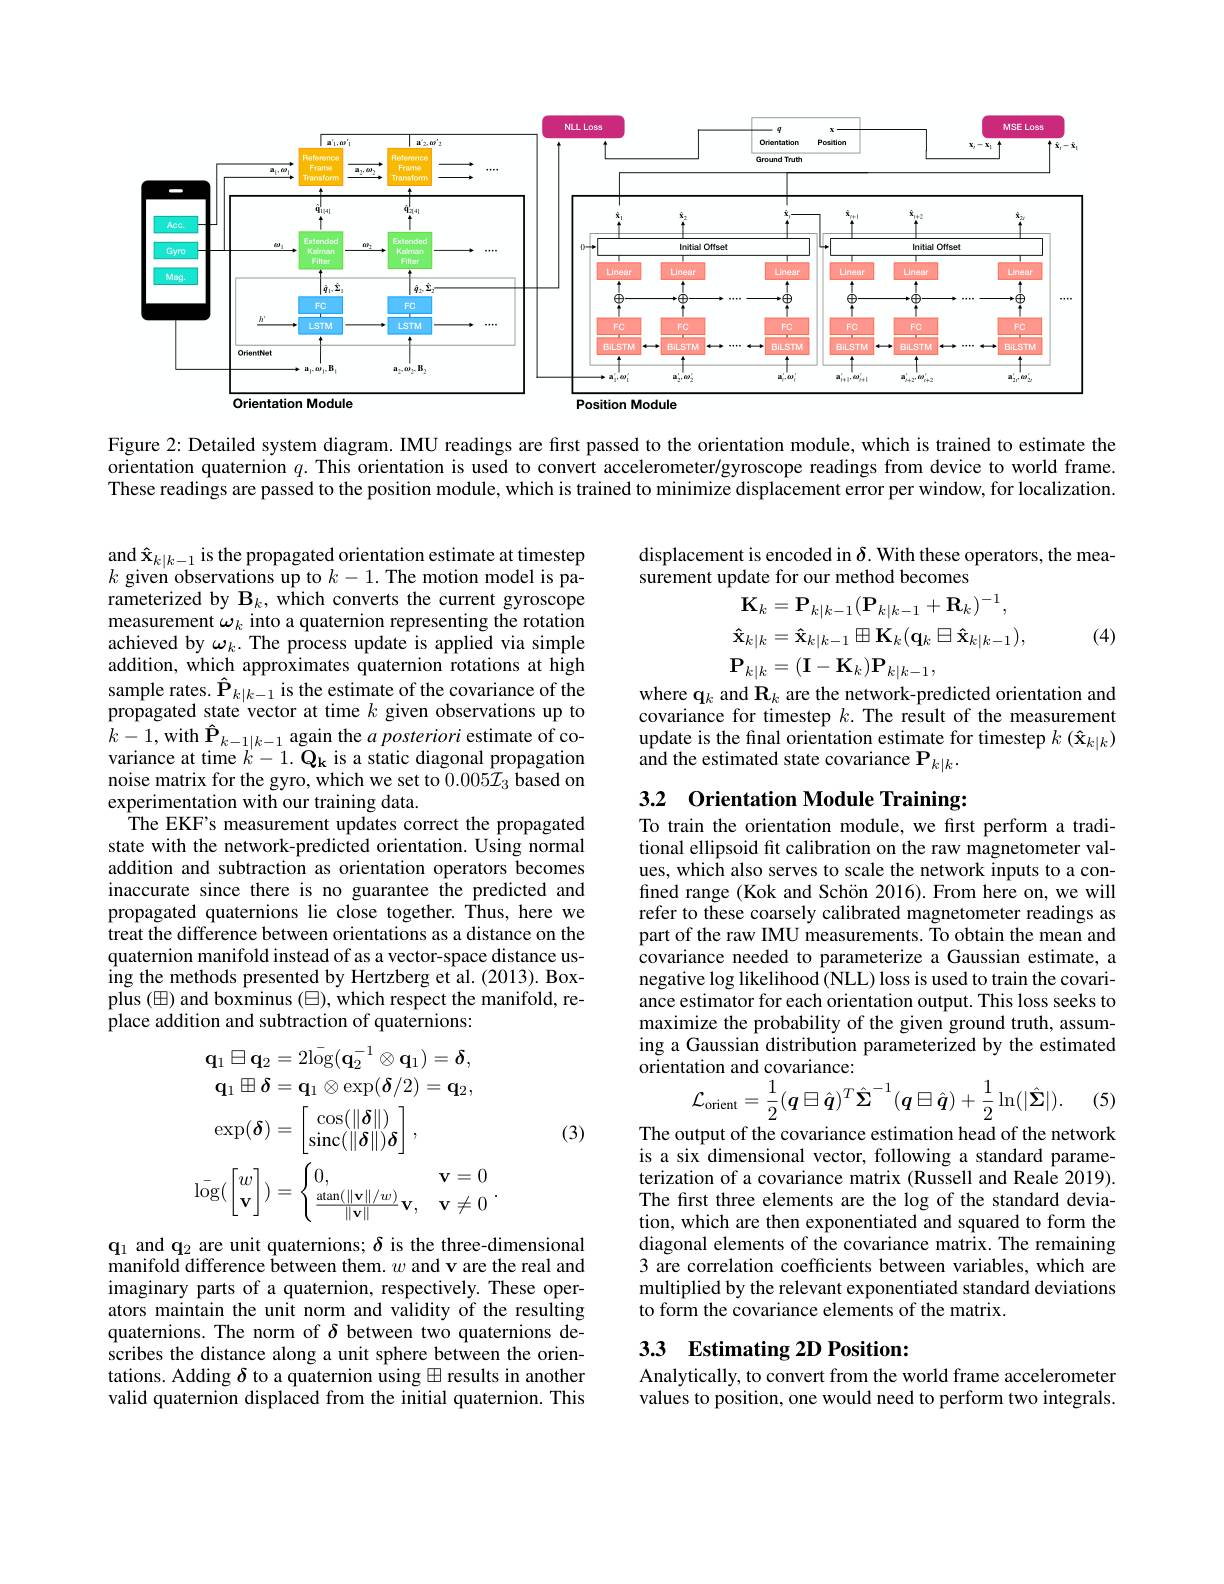
<FigureHere>

Figure 2: Detailed system diagram. IMU readings are first passed to the orientation module, which is trained to estimate the orientation quaternion $q.$ This orientation is used to convert accelerometer/gyroscope readings from device to world frame. These readings are passed to the position module, which is trained to minimize displacement error per window, for localization.

displacement is encoded in $\delta.$ With these operators, the mea-
surement update for our method becomes
$$\begin{aligned}&\mathbf{K}_{k}=\mathbf{P}_{k|k-1}(\mathbf{P}_{k|k-1}+\mathbf{R}_{k})^{-1},\\&\mathbf{\hat{x}}_{k|k}=\mathbf{\hat{x}}_{k|k-1}\boxplus\mathbf{K}_{k}(\mathbf{q}_{k}\boxplus\mathbf{\hat{x}}_{k|k-1}),\\&\mathbf{P}_{k|k}=(\mathbf{I}-\mathbf{K}_{k})\mathbf{P}_{k|k-1},\\\end{aligned}$$
(4)

where q$_k$ and $\mathbf{R}_k$ are the network-predicted orientation and covariance for timestep $k.$ The result of the measurement update is the final orientation estimate for timestep $k$ ( $\hat{x} _k| k$) and the estimated state covariance P $_k|k.$

$\underset{a}{\operatorname*{\operatorname*{and}}}\hat{\mathbf{x}}_{k|k-1}$is the propagated orientation estimate at timestep $k$ given observations up to $k-1.$ The motion model is parameterized by $\mathbf{B}_k$, which converts the current gyroscope measurement $\omega_k$ into a quaternion representing the rotation achieved by $\omega_k.$ The process update is applied via simple addition, which approximates quaternion rotations at high sample rates. $\hat{\mathbf{P}}_{k|k-1}$ is the estimate of the covariance of the propagated state vector at time $k$ given observations up to $\begin{array}{l}k-1,\mathrm{with~}\hat{\mathbf{P}}_{k-1|k-1}\text{ again the }a\textit{posteriori estimate of co-}\\\text{variance at time }k-1.\textbf{Q}_{\mathbf{k}}\text{ is a static diagonal propagation}\end{array}$ noise matrix for the gyro, which we set to $0.005\mathcal{I}_3$ based on experimentation with our training data.
The EKF's measurement updates correct the propagated state with the network-predicted orientation. Using normal addition and subtraction as orientation operators becomes inaccurate since there is no guarantee the predicted and propagated quaternions lie close together. Thus, here we treat the difference between orientations as a distance on the quaternion manifold instead of as a vector-space distance using the methods presented by Hertzberg et al. (2013). Boxplus (田) and boxminus (日), which respect the manifold, replace addition and subtraction of quaternions:

## 3.2 Orientation Module Training To train the orientation module, we first perform a tradi-

tional ellipsoid fit calibration on the raw magnetometer values, which also serves to scale the network inputs to a confined range (Kok and Schön 2016). From here on, we will refer to these coarsely calibrated magnetometer readings as part of the raw IMU measurements. To obtain the mean and covariance needed to parameterize a Gaussian estimate, a negative log likelihood (NLL) loss is used to train the covariance estimator for each orientation output. This loss seeks to maximize the probability of the given ground truth, assuming a Gaussian distribution parameterized by the estimated orientation and covariance:
$$\mathcal{L}_{\mathrm{orient}}=\frac{1}{2}(\boldsymbol{q}\boxplus\hat{\boldsymbol{q}})^{T}\hat{\boldsymbol{\Sigma}}^{-1}(\boldsymbol{q}\boxplus\hat{\boldsymbol{q}})+\frac{1}{2}\ln(|\hat{\boldsymbol{\Sigma}}|).$$
(5)
$$\begin{aligned}\mathbf{q}_{1}\boxplus\mathbf{q}_{2}&=2\bar{\log(\mathbf{q}_{2}^{-1}\otimes\mathbf{q}_{1})}=\boldsymbol{\delta},\\\mathbf{q}_{1}\boxplus\boldsymbol{\delta}&=\mathbf{q}_{1}\otimes\exp(\boldsymbol{\delta}/2)=\mathbf{q}_{2},\\\exp(\boldsymbol{\delta})&=\begin{bmatrix}\cos(\|\boldsymbol{\delta}\|)\\\sin\mathbf{c}(\|\boldsymbol{\delta}\|)\boldsymbol{\delta}\end{bmatrix},\\\bar{\log(\begin{bmatrix}w\\\mathbf{v}\end{bmatrix})}&=\begin{cases}0,&\mathbf{v}=0\\\frac{\arctan(\|\mathbf{v}\|/w)}{\|\mathbf{v}\|}\mathbf{v},&\mathbf{v}\neq0\end{cases}.\end{aligned}$$
(3)

The output of the covariance estimation head of the network is a six dimensional vector, following a standard parameterization of a covariance matrix (Russell and Reale 2019). The first three elements are the log of the standard deviation, which are then exponentiated and squared to form the diagonal elements of the covariance matrix. The remaining 3 are correlation coefficients between variables, which are multiplied by the relevant exponentiated standard deviations to form the covariance elements of the matrix.

$\mathbf{q}_1$ and $\mathbf{q}_2$ are unit quaternions; $\delta$ is the three-dimensional manifold difference between them. $w$ and v are the real and imaginary parts of a quaternion, respectively. These operators maintain the unit norm and validity of the resulting quaternions. The norm of $\delta$ between two quaternions describes the distance along a unit sphere between the orientations. Adding $\delta$ to a quaternion using $\boxplus$ results in another valid quaternion displaced from the initial quaternion. This

## 33 Estimating 2D Positions

Analytically, to convert from the world frame accelerometer values to position, one would need to perform two integrals.